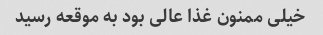
خیلی ممنون غذا عالی بود به موقعه رسید